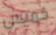
خميس